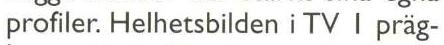
profiler. Helhetsbilden i TV I präg-